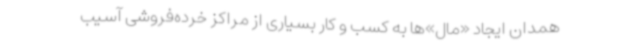
همدان ایجاد «مال»‌ها به کسب و کار بسیاری از مراکز خرده‌فروشی آسیب